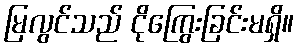
မြလွင်သည် ငိုကြွေးခြင်းမရှိ။